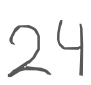
Text: 24
Cross-out: clean
Writing tool: digital_gray